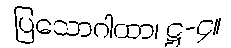
ပြသောဂါထာ၊ ဋ္ဌ-၄။